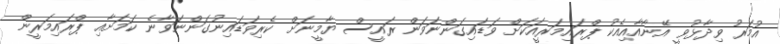
އުމަރު ވިދާޅުވީ އޭނާއާއިއެކު ޕްރައިމަރީއަކަށް ވަޑައިގަންނަވަން ރައީސް ޔާމީނަށް ކެރިވަޑައިނުގަންނަވާނެ ކަމަށާއި ޕްރައިމަރީން